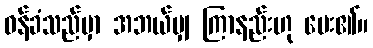
ဝန်ခံသည်မှာ အဘယ်မျှ ကြာနည်းဟု မေး၏။